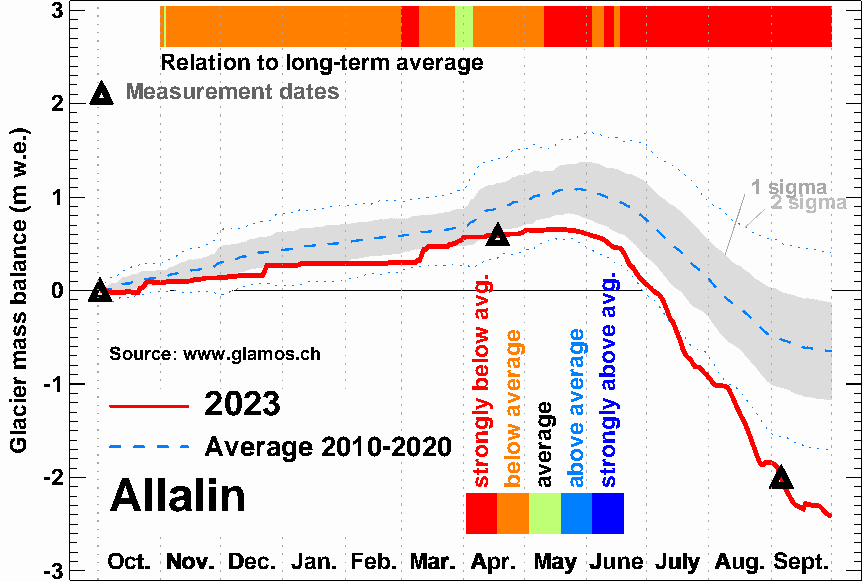
3
 Relation to long-term average
 Measurement dates
 2
 1 sigma
 1                                               2 sigma
 0
 Source: www.glamos.ch
 -1
 2023
 Average 2010-2020
 -2
 Allalin
 OOcctt.. NNoovv.. DDeecc.. JJaann.. FFeebb.. MMaarr.. AApprr.. MMaayy JJuunnee JJuullyy AAuugg.. SSeepptt..
 -3
 ).e.w
 m(
 ecnalab
 ssam
 reicalG
 .gva
 woleb
 ylgnorts
 egareva
 woleb
 egareva
 egareva
 evoba
 .gva
 evoba
 ylgnorts